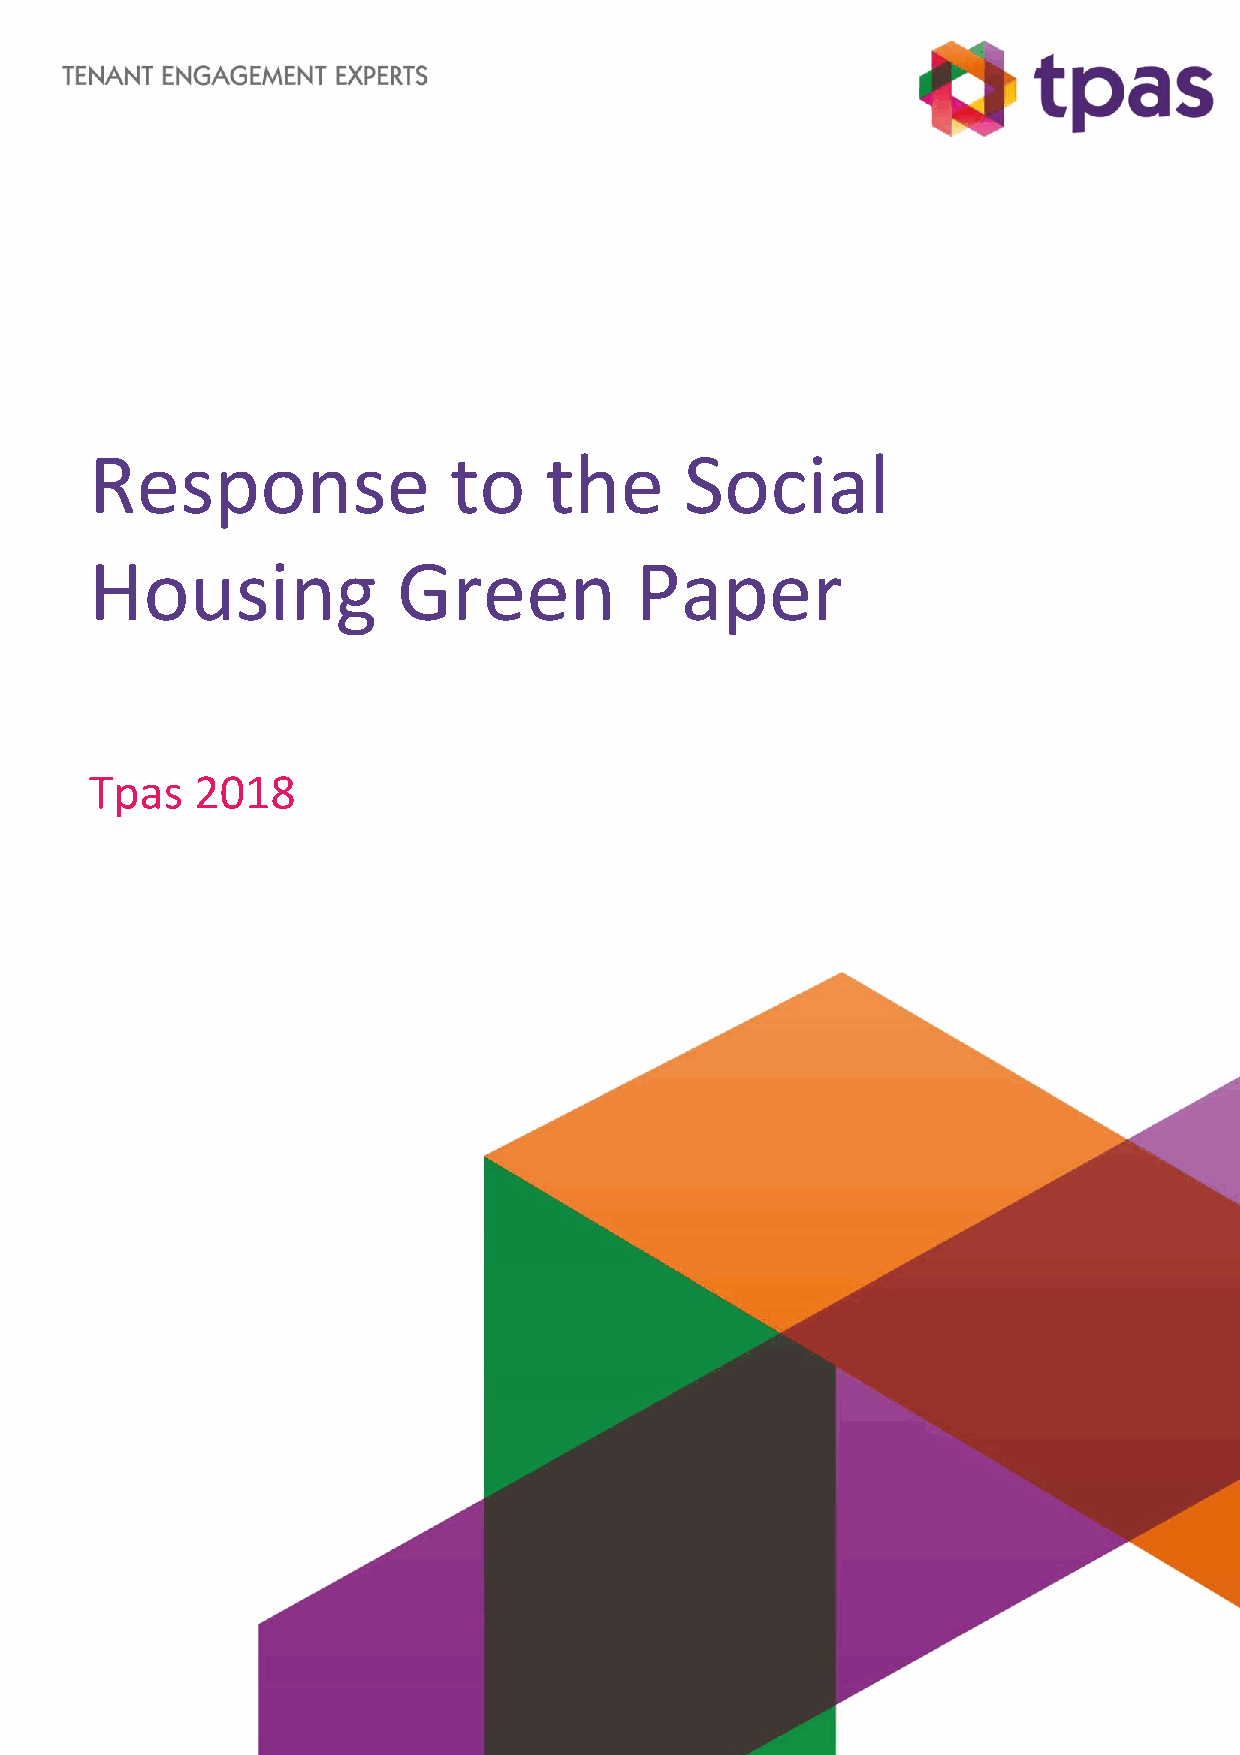
Response                to    the      Social
 Housing             Green           Paper
 Tpas   2018